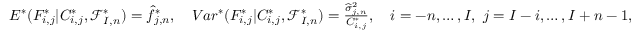
\begin{array} { r } { E ^ { * } ( F _ { i , j } ^ { * } | C _ { i , j } ^ { * } , \mathcal { F } _ { I , n } ^ { * } ) = \widehat { f } _ { j , n } ^ { * } , \quad V a r ^ { * } ( F _ { i , j } ^ { * } | C _ { i , j } ^ { * } , \mathcal { F } _ { I , n } ^ { * } ) = \frac { \widehat { \sigma } _ { j , n } ^ { 2 } } { C _ { i , j } ^ { * } } , \quad i = - n , \dots , I , \ j = I - i , \dots , I + n - 1 , } \end{array}